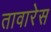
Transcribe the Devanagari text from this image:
तावारेस